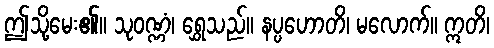
ဤသို့မေး၏။ သုဝဏ္ဏံ၊ ရွှေသည်။ နပ္ပဟောတိ၊ မလောက်။ ဣတိ၊